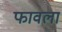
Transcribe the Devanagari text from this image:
फावला